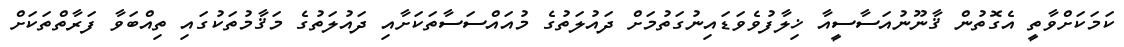
ކަމަކަށްވާތީ އެގޮތުން ޤާނޫނުއަސާސީއާ ޚިލާފުވެވަޑައިނުގަތުމަށް ދައުލަތުގެ މުއައްސަސާތަކަށާއި ދައުލަތުގެ މަޤާމުތަކުގައި ތިއްބަވާ ފަރާތްތަކަށް